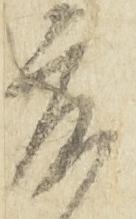
床